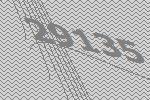
29135